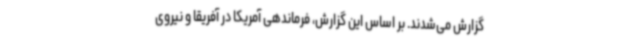
گزارش می‌شدند. بر اساس این گزارش، فرماندهی آمریکا در آفریقا و نیروی